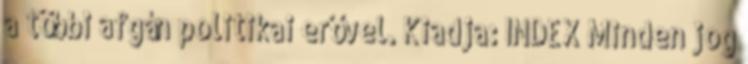
a többi afgán politikai erővel. Kiadja: INDEX Minden jog